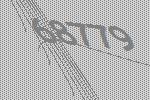
68779